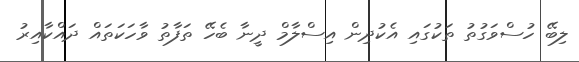
ލިބޭ ހުސްވަގުތު ތަކުގައި އެކުދިން އިސްލާމް ދީނާ ބެހޭ ތަފާތު ވާހަކަތައް ދައްކާއިރު